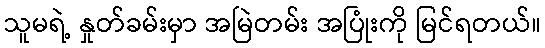
သူမရဲ့ နှုတ်ခမ်းမှာ အမြဲတမ်း အပြုံးကို မြင်ရတယ်။